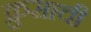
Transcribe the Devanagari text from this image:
क्रुसाची